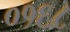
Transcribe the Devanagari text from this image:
०१६८